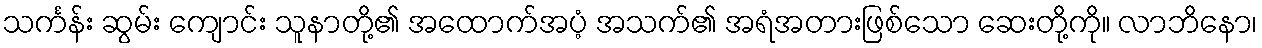
သင်္ကန်း ဆွမ်း ကျောင်း သူနာတို့၏ အထောက်အပံ့ အသက်၏ အရံအတားဖြစ်သော ဆေးတို့ကို။ လာဘိနော၊